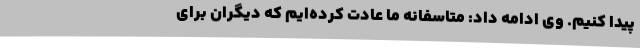
پیدا کنیم. وی ادامه داد: متاسفانه ما عادت کرده‌ایم که دیگران برای